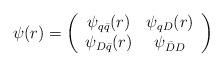
LaTeX: \begin{align*}\psi(r) = \left(\begin{array}{cc}\psi_{q\bar{q}}(r) & \psi_{qD} (r) \\\psi_{D \bar{q}}(r) & \psi_{\bar{D} D} \end{array} \right)\end{align*}